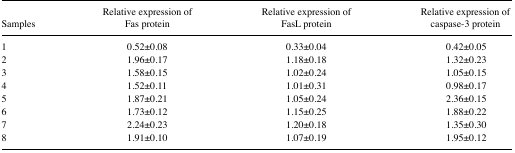
<table><thead><tr><td><b>Samples</b></td><td><b>Relative expression of Fas protein</b></td><td><b>Relative expression of FasL protein</b></td><td><b>Relative expression of caspase-3 protein</b></td></tr></thead><tbody><tr><td>1</td><td>0.52±0.08</td><td>0.33±0.04</td><td>0.42±0.05</td></tr><tr><td>2</td><td>1.96±0.17</td><td>1.18±0.18</td><td>1.32±0.23</td></tr><tr><td>3</td><td>1.58±0.15</td><td>1.02±0.24</td><td>1.05±0.15</td></tr><tr><td>4</td><td>1.52±0.11</td><td>1.01±0.31</td><td>0.98±0.17</td></tr><tr><td>5</td><td>1.87±0.21</td><td>1.05±0.24</td><td>2.36±0.15</td></tr><tr><td>6</td><td>1.73±0.12</td><td>1.15±0.25</td><td>1.88±0.22</td></tr><tr><td>7</td><td>2.24±0.23</td><td>1.20±0.18</td><td>1.35±0.30</td></tr><tr><td>8</td><td>1.91±0.10</td><td>1.07±0.19</td><td>1.95±0.12</td></tr></tbody></table>